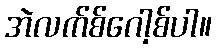
အဲလက်စ်ဂေါ့စ်ပါ။